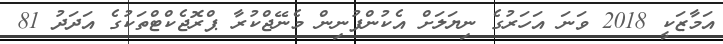
އަމާޒަކީ 2018 ވަނަ އަހަރުގެ ނިޔަލަށް އެކުންފުނިން މެނޭޖްކުރާ ޕްރޮޖެކްޓްތަކުގެ އަދަދު 81